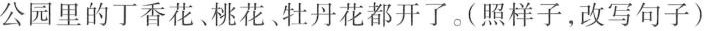
公园里的丁香花。桃花、牡丹花都开了。(照样子，改写句子)